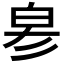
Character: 𤽖